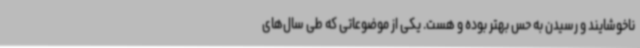
ناخوشایند و رسیدن به حس بهتر بوده و هست. یکی از موضوعاتی که طی سال‌های